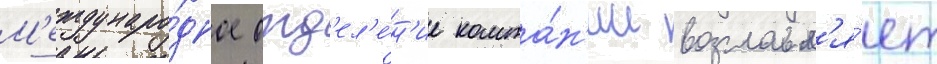
М'еждунаро́дное отд'ел'е́н'ие компа́н'ии возглавл'я́ет